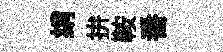
绡拚鞍番